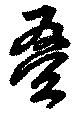
畳